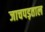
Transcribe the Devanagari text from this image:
जाचपड़ताल